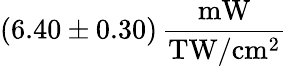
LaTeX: (6.40\pm 0.30)\, \frac{\mathrm{mW}}{\mathrm{TW/cm^{2}}}